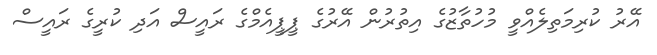
އޭރު ކުރިމަތިލެއްވީ މުހުތާޒުގެ އިތުރުން އޭރުގެ ޕީޕީއެމްގެ ރައީސް އަދި ކުރީގެ ރައީސް